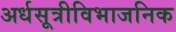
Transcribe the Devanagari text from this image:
अर्धसूत्रीविभाजनिक